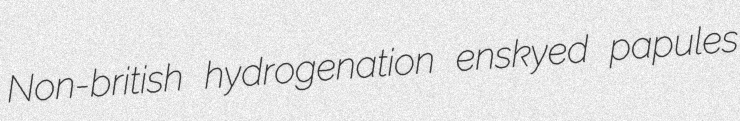
Non-british hydrogenation enskyed papules